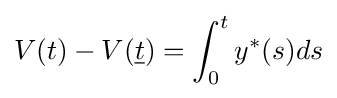
V(t)-V({\underline {t}})=\int _{0}^{t}y^{\ast }(s)ds